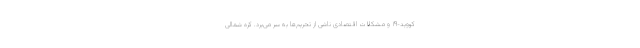
کووید-۱۹ و مشکلات اقتصادی ناشی از تحریم‌ها به سر می‌برد. کره شمالی